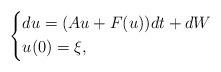
LaTeX: \begin{align*}\left\{\begin{aligned}&du=(Au+F(u))dt+dW\\&u(0)=\xi,\end{aligned}\right.\end{align*}